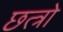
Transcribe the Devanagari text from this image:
छत्त्रो